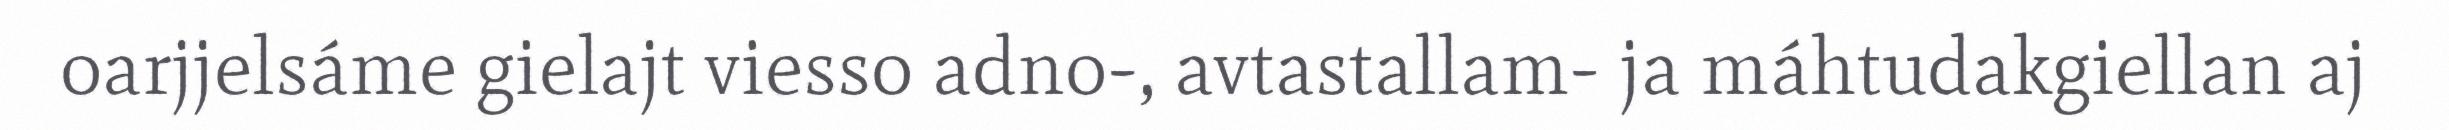
oarjjelsáme gielajt viesso adno-, avtastallam- ja máhtudakgiellan aj